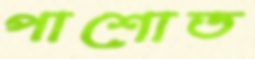
পাশোত